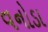
વનોડા